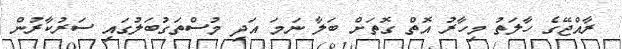
ރާއްޖޭގެ ހާލަތު މިހާރު އޮތް ގޮތަށް ބަލާ ނަމަ އަދި މުސްތަގުބަލުގައި ސަަރުކާރުން